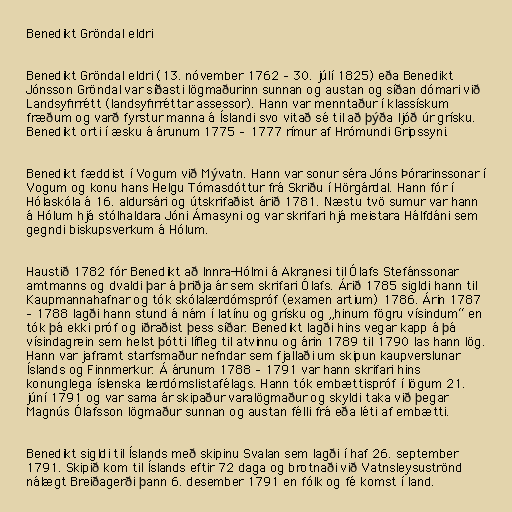
Benedikt Gröndal eldri

Benedikt Gröndal eldri (13. nóvember 1762 – 30. júlí 1825) eða Benedikt
Jónsson Gröndal var síðasti lögmaðurinn sunnan og austan og síðan dómari við
Landsyfirrétt (landsyfirréttar assessor). Hann var menntaður í klassískum
fræðum og varð fyrstur manna á Íslandi svo vitað sé til að þýða ljóð úr grísku.
Benedikt orti í æsku á árunum 1775 – 1777 rímur af Hrómundi Gripssyni.

Benedikt fæddist í Vogum við Mývatn. Hann var sonur séra Jóns Þórarinssonar í
Vogum og konu hans Helgu Tómasdóttur frá Skriðu í Hörgárdal. Hann fór í
Hólaskóla á 16. aldursári og útskrifaðist árið 1781. Næstu tvö sumur var hann
á Hólum hjá stólhaldara Jóni Árnasyni og var skrifari hjá meistara Hálfdáni sem
gegndi biskupsverkum á Hólum.

Haustið 1782 fór Benedikt að Innra-Hólmi á Akranesi til Ólafs Stefánssonar
amtmanns og dvaldi þar á þriðja ár sem skrifari Ólafs. Árið 1785 sigldi hann til
Kaupmannahafnar og tók skólalærdómspróf (examen artium) 1786. Árin 1787
– 1788 lagði hann stund á nám í latínu og grísku og „hinum fögru vísindum“ en
tók þá ekki próf og iðraðist þess síðar. Benedikt lagði hins vegar kapp á þá
vísindagrein sem helst þótti lífleg til atvinnu og árin 1789 til 1790 las hann lög.
Hann var jaframt starfsmaður nefndar sem fjallaði um skipun kaupverslunar
Íslands og Finnmerkur. Á árunum 1788 – 1791 var hann skrifari hins
konunglega íslenska lærdómslistafélags. Hann tók embættispróf í lögum 21.
júní 1791 og var sama ár skipaður varalögmaður og skyldi taka við þegar
Magnús Ólafsson lögmaður sunnan og austan félli frá eða léti af embætti.

Benedikt sigldi til Íslands með skipinu Svalan sem lagði í haf 26. september
1791. Skipið kom til Íslands eftir 72 daga og brotnaði við Vatnsleysuströnd
nálægt Breiðagerði þann 6. desember 1791 en fólk og fé komst í land.